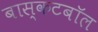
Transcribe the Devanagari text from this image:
बास्कटबॉल